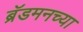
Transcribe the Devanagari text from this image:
ब्रॅडमनच्या